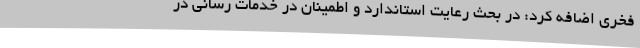
فخری اضافه کرد: در بحث رعایت استاندارد و اطمینان در خدمات رسانی در